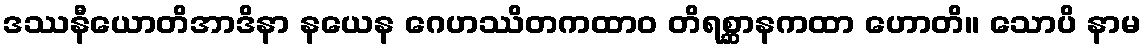
ဒဿနီယောတိအာဒိနာ နယေန ဂေဟဿိတကထာဝ တိရစ္ဆာနကထာ ဟောတိ။ သောပိ နာမ